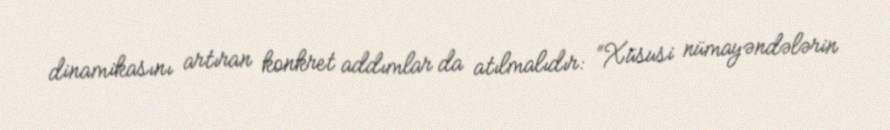
dinamikasını artıran konkret addımlar da atılmalıdır: “Xüsusi nümayəndələrin